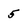
Character: 5